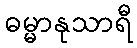
ဓမ္မာနုသာရီ